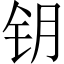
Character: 钥